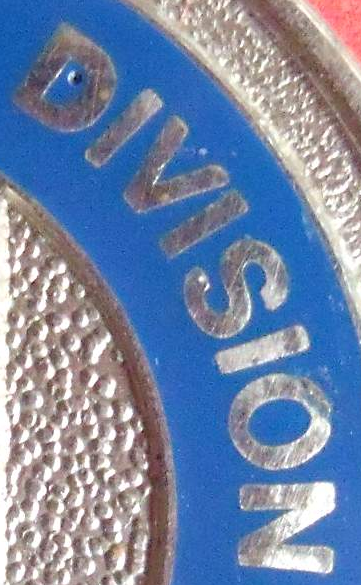
DIVISION